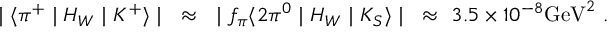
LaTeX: \mid \langle \pi ^ { + } \mid H _ { W } \mid K ^ { + } \rangle \mid ~ \approx ~ \mid f _ { \pi } \langle 2 \pi ^ { 0 } \mid H _ { W } \mid K _ { S } \rangle \mid ~ \approx ~ 3 . 5 \times 1 0 ^ { - 8 } \mathrm { G e V } ^ { 2 } ~ .